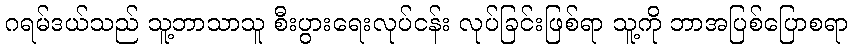
ဂရမ်ဒယ်သည် သူ့ဘာသာသူ စီးပွားရေးလုပ်ငန်း လုပ်ခြင်းဖြစ်ရာ သူ့ကို ဘာအပြစ်ပြောစရာ